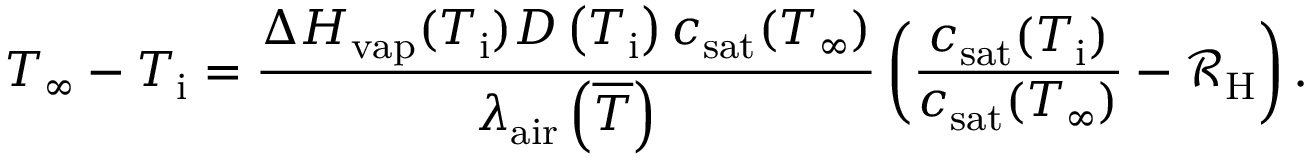
T _ { \infty } - T _ { \mathrm { i } } = \frac { \Delta H _ { \mathrm { v a p } } ( T _ { \mathrm { i } } ) { \cal D } \left( T _ { \mathrm { i } } \right) c _ { \mathrm { s a t } } ( T _ { \infty } ) } { \lambda _ { \mathrm { a i r } } \left( { \overline { T } } \right) } \left( \frac { c _ { \mathrm { s a t } } ( T _ { \mathrm { i } } ) } { c _ { \mathrm { s a t } } ( T _ { \infty } ) } - \mathcal { R } _ { \mathrm { H } } \right) .